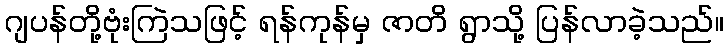
ဂျပန်တို့ဗုံးကြဲသဖြင့် ရန်ကုန်မှ ဇာတိ ရွာသို့ ပြန်လာခဲ့သည်။